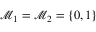
\mathcal { M } _ { 1 } = \mathcal { M } _ { 2 } = \{ 0 , 1 \}